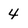
Character: 4